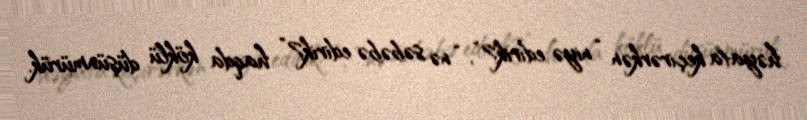
həyata keçirərkən “niyə edirik?”, “nə səbəbə edirik?” haqda köklü düşünmürük.